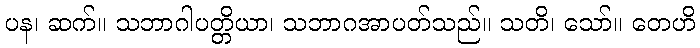
ပန၊ ဆက်။ သဘာဂါပတ္တိယာ၊ သဘာဂအာပတ်သည်။ သတိ၊ သော်။ တေဟိ